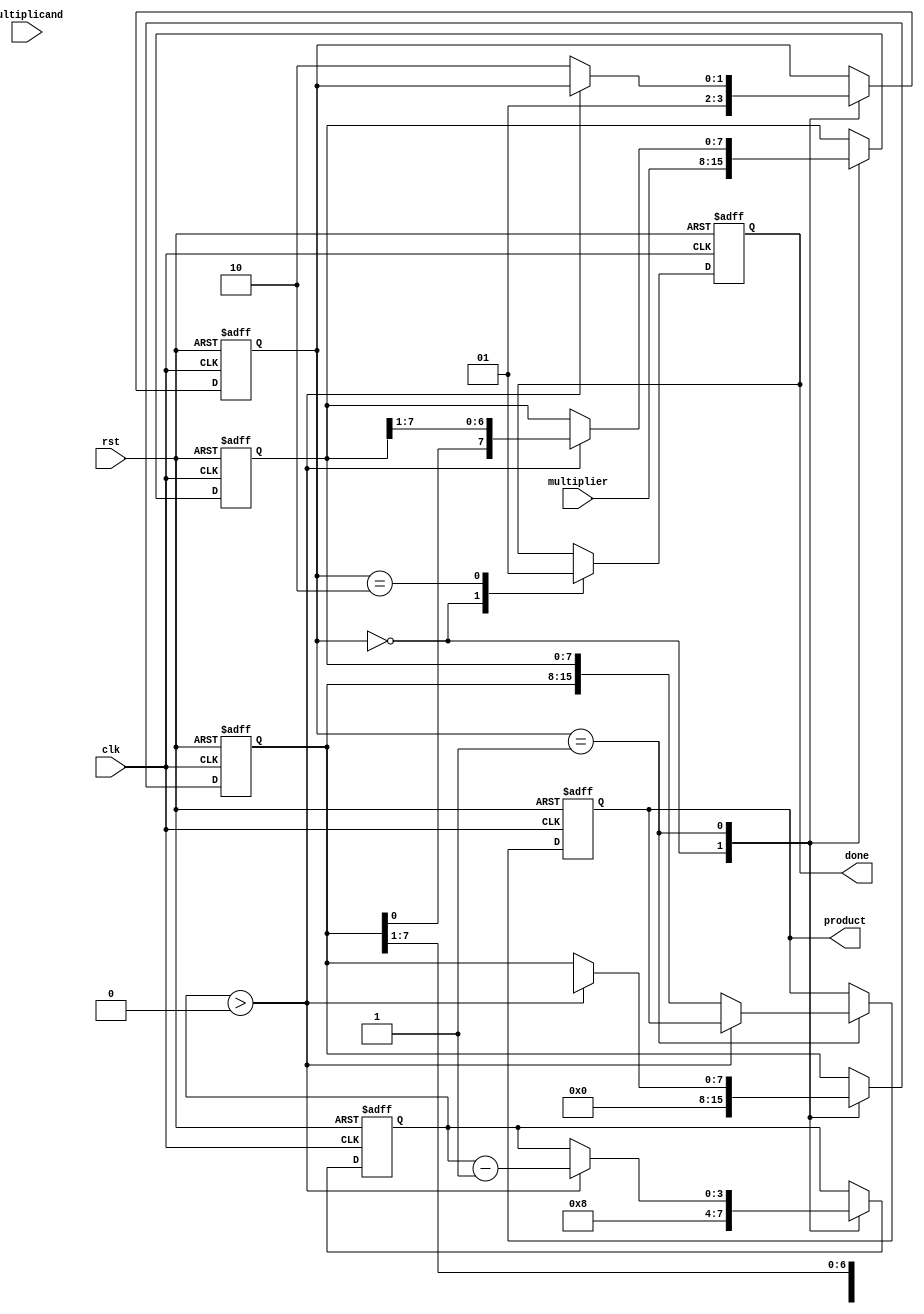
module modified_booth_multiplier #(parameter N = 8) (
    input wire clk,
    input wire rst,
    input wire [N-1:0] multiplicand,
    input wire [N-1:0] multiplier,
    output reg [2*N-1:0] product,
    output reg done
);

    reg [N-1:0] A; // Accumulator
    reg [N-1:0] Q; // Multiplier
    reg [N-1:0] M; // Multiplicand
    reg Q_1;       // Previous bit of Q
    reg [2*N-1:0] P; // Product register
    reg [3:0] count; // Count for the number of bits processed
    reg [1:0] state; // State for FSM

    localparam IDLE = 2'b00,
               PROCESS = 2'b01,
               DONE = 2'b10;

    always @(posedge clk or posedge rst) begin
        if (rst) begin
            product <= 0;
            A <= 0;
            Q <= 0;
            M <= 0;
            Q_1 <= 0;
            P <= 0;
            count <= 0;
            state <= IDLE;
            done <= 0;
        end else begin
            case (state)
                IDLE: begin
                    // Load inputs and initialize
                    M <= multiplicand;
                    Q <= multiplier;
                    A <= 0;
                    Q_1 <= 0;
                    count <= N;
                    state <= PROCESS;
                    done <= 0;
                end
                
                PROCESS: begin
                    if (count > 0) begin
                        case ({Q[0], Q_1}) // Booth encoding
                            2'b00: begin
                                // No addition
                            end
                            2'b01: begin
                                // Add multiplicand
                                A <= A + M;
                            end
                            2'b10: begin
                                // Subtract multiplicand
                                A <= A - M;
                            end
                            2'b11: begin
                                // No addition, but shift
                            end
                        endcase

                        // Arithmetic right shift
                        {A, Q, Q_1} <= {A[2*N-1], A, Q, Q_1} >> 1;
                        Q_1 <= Q[0]; // Update Q_1
                        count <= count - 1; // Decrement count
                    end else begin
                        // Finalize product
                        product <= {A, Q};
                        state <= DONE;
                    end
                end
                
                DONE: begin
                    done <= 1; // Indicate multiplication is done
                end
            endcase
        end
    end
endmodule